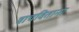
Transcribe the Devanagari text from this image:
वाचविताना